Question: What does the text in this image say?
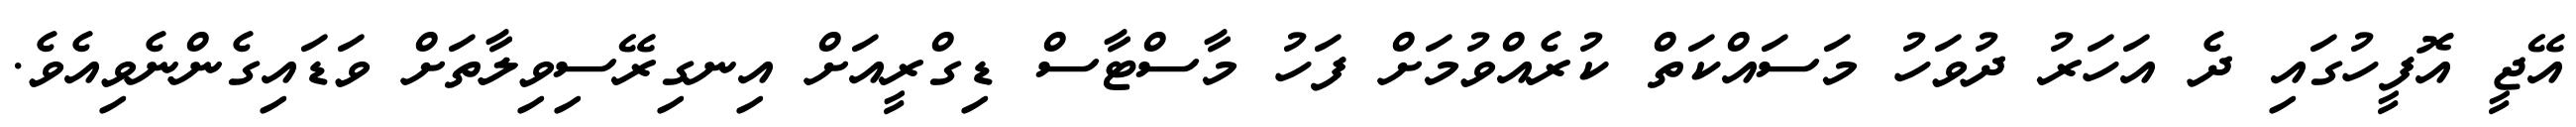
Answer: އޭޖީ އޮފީހުގައި ދެ އަހަރު ދުވަހު މަސައްކަތް ކުރެއްވުމަށް ފަހު މާސްޓާސް ޑިގްރީއަށް އިނގިރޭސިވިލާތަށް ވަޑައިގެންނެވިއެވެ.